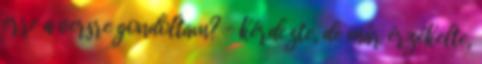
erre a versre gondoltam? – kérdezte, de már érzékelte,